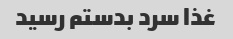
غذا سرد بدستم رسید